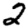
Digit: 2